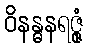
ဝိနန္ဓနရဇ္ဇုံ